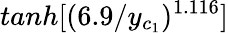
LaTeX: tanh[(6.9/y_{c_{1}})^{1.116}]